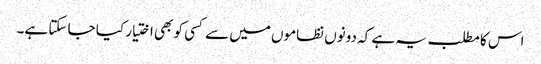
اس کا مطلب یہ ہے کہ دونوں نظاموں میں سے کسی کو بھی اختیار کیا جا سکتا ہے۔